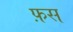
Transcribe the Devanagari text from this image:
फ़स